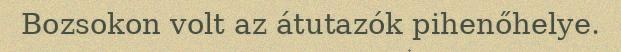
Bozsokon volt az átutazók pihenőhelye.